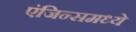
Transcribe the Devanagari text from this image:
एंजिन्समध्ये